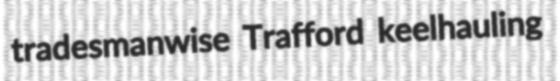
tradesmanwise Trafford keelhauling